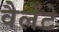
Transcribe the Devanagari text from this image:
वैलेंटे